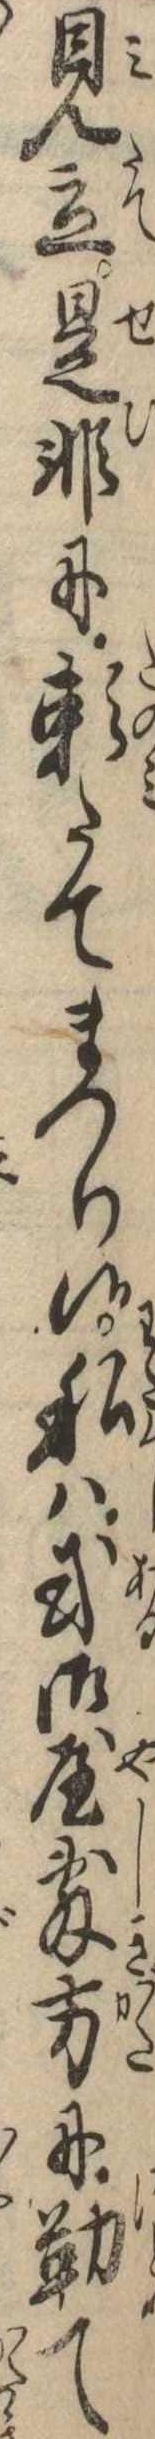
見立是非に頼たてまつり候私は或御屋敷方に勤て